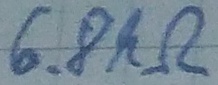
Text: 6.8kΩ